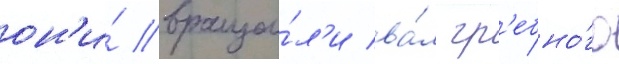
он'и́ враща́л'и ва́л гр'ебно́го